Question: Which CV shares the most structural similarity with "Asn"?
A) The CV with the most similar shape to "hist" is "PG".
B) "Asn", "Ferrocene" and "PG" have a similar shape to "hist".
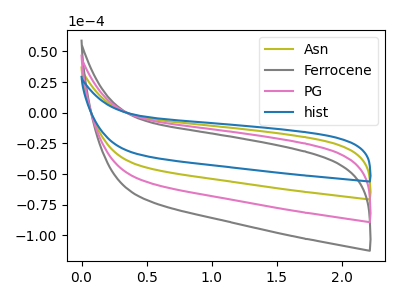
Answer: <think>The olive curve "Asn" has no peaks. The gray curve "Ferrocene" has no peaks. The pink curve "PG" has no peaks. The blue curve "hist" has no peaks.
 Neither "Asn" or "Ferrocene" have any peaks. Neither "Asn" or "PG" have any peaks. Neither "Asn" or "hist" have any peaks. Neither "Ferrocene" or "PG" have any peaks. Neither "Ferrocene" or "hist" have any peaks. Neither "PG" or "hist" have any peaks.</think>
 <answer>B) "Asn", "Ferrocene" and "PG" have a similar shape to "hist".</answer>
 <eval>B</eval>